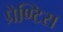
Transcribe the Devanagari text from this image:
प्रेण्टिस